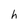
Character: h